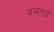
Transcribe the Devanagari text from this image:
अलताई